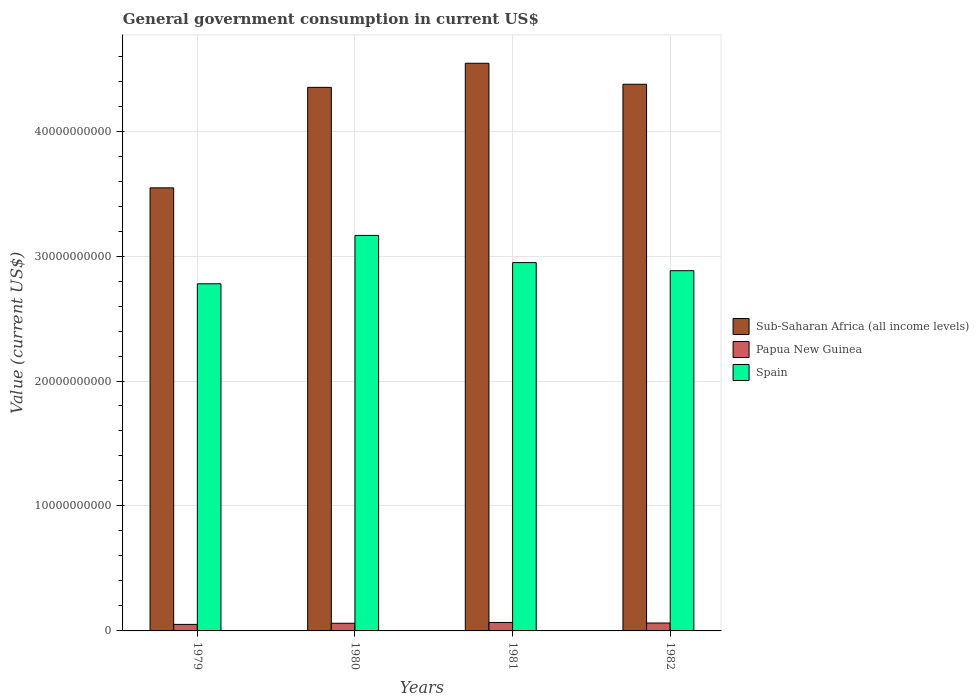
| Years | Sub-Saharan Africa (all income levels) | Papua New Guinea | Spain |
 | --- | --- | --- | --- |
 | 1979 | 3.55e+10 | 5.22e+08 | 2.78e+10 |
 | 1980 | 4.35e+10 | 6.13e+08 | 3.17e+10 |
 | 1981 | 4.54e+10 | 6.75e+08 | 2.95e+10 |
 | 1982 | 4.37e+10 | 6.34e+08 | 2.88e+10 |